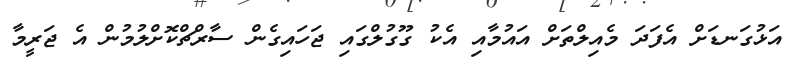
އަޅުގަނޑަށް އެފަދަ މެއިލްތަށް އައުމާއި އެކު ގޫގުލްގައި ޖަހައިގެން ސާރްޗްކޮށްލުމުން އެ ޖަރީމާ